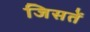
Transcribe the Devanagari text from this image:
जिसतें